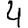
Digit: 4